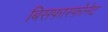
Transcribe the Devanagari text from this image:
बिसफ़ास्फ़ोनेट